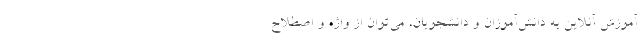
آموزش آنلاین به دانش‌آموزان و دانشجویان، می‌توان از واژه و اصطلاح